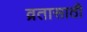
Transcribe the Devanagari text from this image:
व्रतासाठी